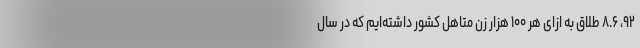
۹۲، ۸.۶ طلاق به ازای هر ۱۰۰ هزار زن متاهل کشور داشته‌ایم که در سال